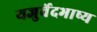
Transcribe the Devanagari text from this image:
यजुर्वेदभाष्य